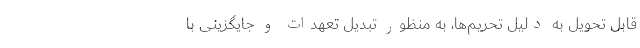
قابل تحویل به‌ دلیل تحریم‌ها، به منظور تبدیل تعهدات و جایگزینی با